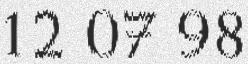
12 07 98